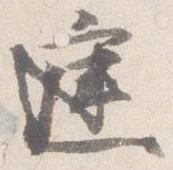
庭